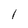
Character: 1